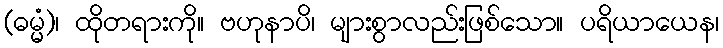
(ဓမ္မံ)၊ ထိုတရားကို။ ဗဟုနာပိ၊ များစွာလည်းဖြစ်သော။ ပရိယာယေန၊